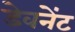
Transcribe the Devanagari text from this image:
डेवनेंट